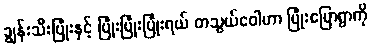
ချွန်းသီးပြုံးနှင့် ပြုံးပြုံးပြုံးရယ် တသွယ်ဝေါဟာ ပြုံးပြောရွာကို